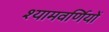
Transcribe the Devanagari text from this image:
श्यामवर्णियों